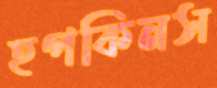
হপকিনস